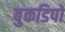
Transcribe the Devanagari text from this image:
बुकडिपो